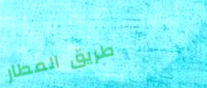
طريق المطار